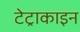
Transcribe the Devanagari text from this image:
टेट्राकाइन